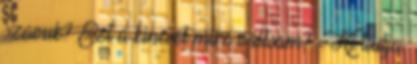
szavuk? Ezt a kincset mire váltsam? - Ki tudja,